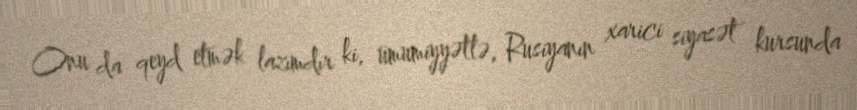
Onu da qeyd etmək lazımdır ki, ümumiyyətlə, Rusiyanın xarici siyasət kursunda